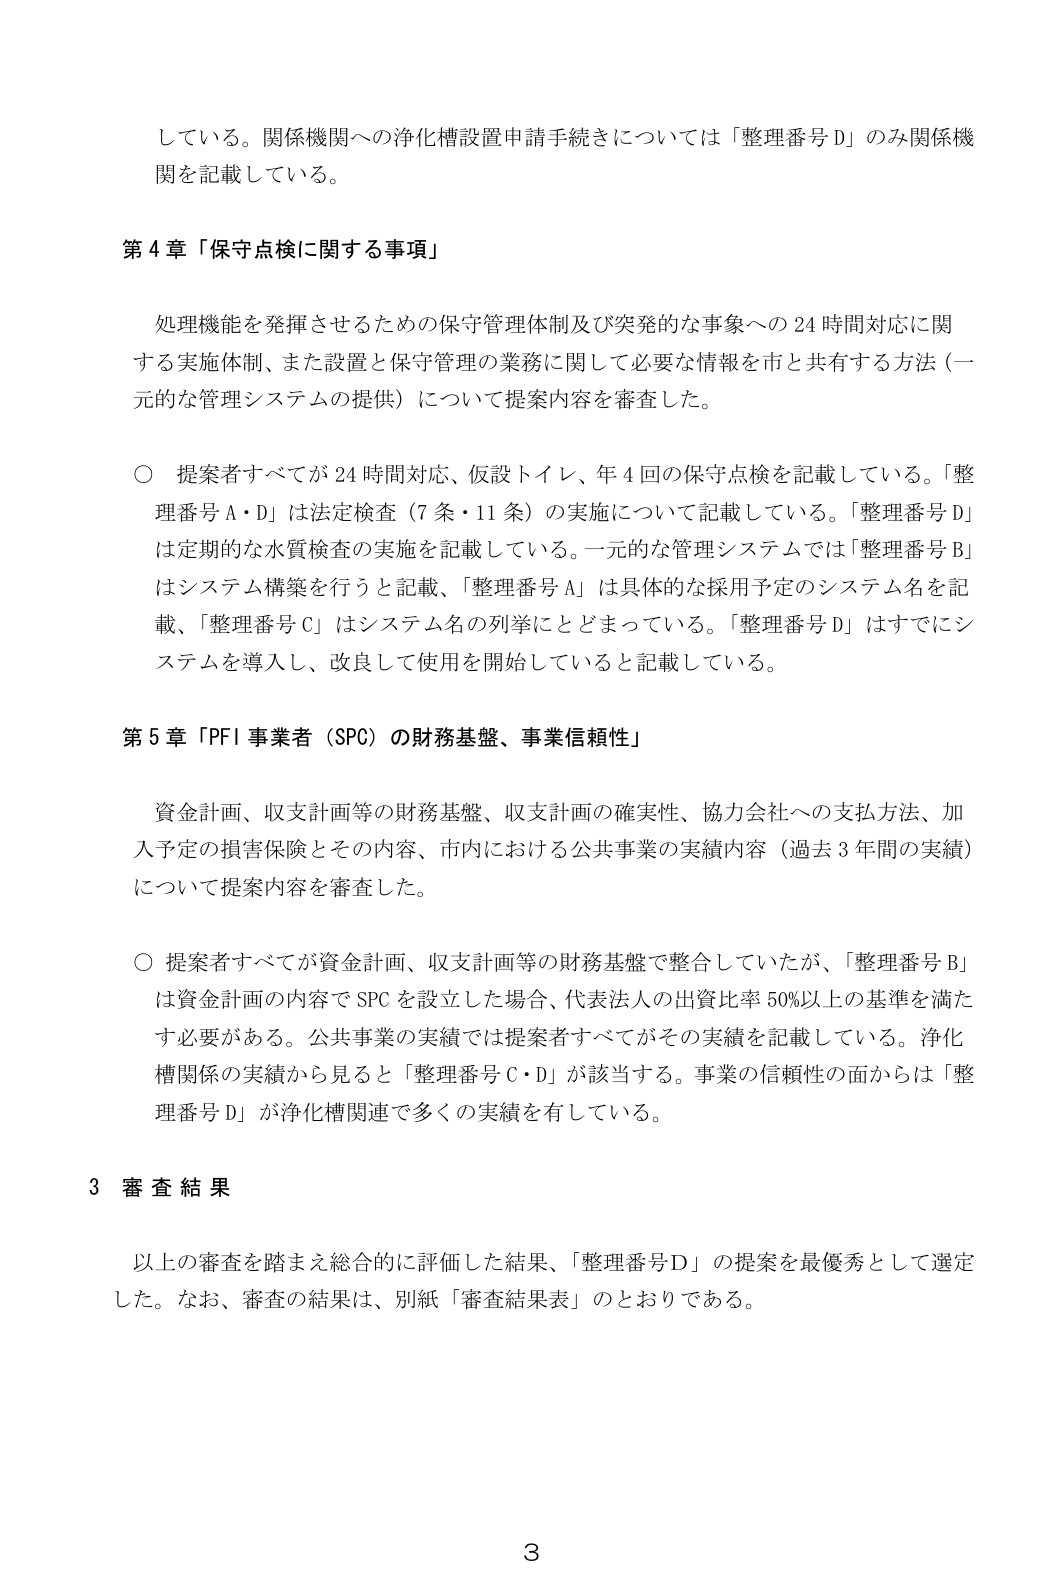
している。関係機関への浄化槽設置申請手続きについては「整理番号D」のみ関係機関を記載している。

第4章「保守点検に関する事項」

処理機能を発揮させるための保守管理体制及び突発的な事象への24時間対応に関する実施体制、また設置と保守管理の業務に関して必要な情報を市と共有する方法（一元的な管理システムの提供）について提案内容を審査した。

○ 提案者すべてが24時間対応、仮設トイレ、年4回の保守点検を記載している。「整理番号A・D」は法定検査（7条・11条）の実施について記載している。「整理番号D」は定期的な水質検査の実施を記載している。一元的な管理システムでは「整理番号B」はシステム構築を行うと記載、「整理番号A」は具体的な採用予定のシステム名を記載、「整理番号C」はシステム名の列挙にとどまっている。「整理番号D」はすでにシステムを導入し、改良して使用を開始していると記載している。

第5章「PFI事業者（SPC）の財務基盤、事業信頼性」

資金計画、収支計画等の財務基盤、収支計画の確実性、協力会社への支払方法、加入予定の損害保険とその内容、市内における公共事業の実績内容（過去3年間の実績）について提案内容を審査した。

○ 提案者すべてが資金計画、収支計画等の財務基盤で整合していたが、「整理番号B」は資金計画の内容でSPCを設立した場合、代表法人の出資比率50%以上の基準を満たす必要がある。公共事業の実績では提案者すべてがその実績を記載している。浄化槽関係の実績から見ると「整理番号C・D」が該当する。事業の信頼性の面からは「整理番号D」が浄化槽関連で多くの実績を有している。

3 審査結果

以上の審査を踏まえ総合的に評価した結果、「整理番号D」の提案を最優秀として選定した。なお、審査の結果は、別紙「審査結果表」のとおりである。

3